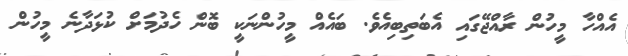
އެއްހާ މީހުން ރާއްޖޭގައި އެބަތިބިއެވެ. ބައެއް މީހުންނަކީ ބޮން ހެދުމަށް ކުޅަދާނެ މީހުން